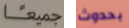
جميعا بحدوث